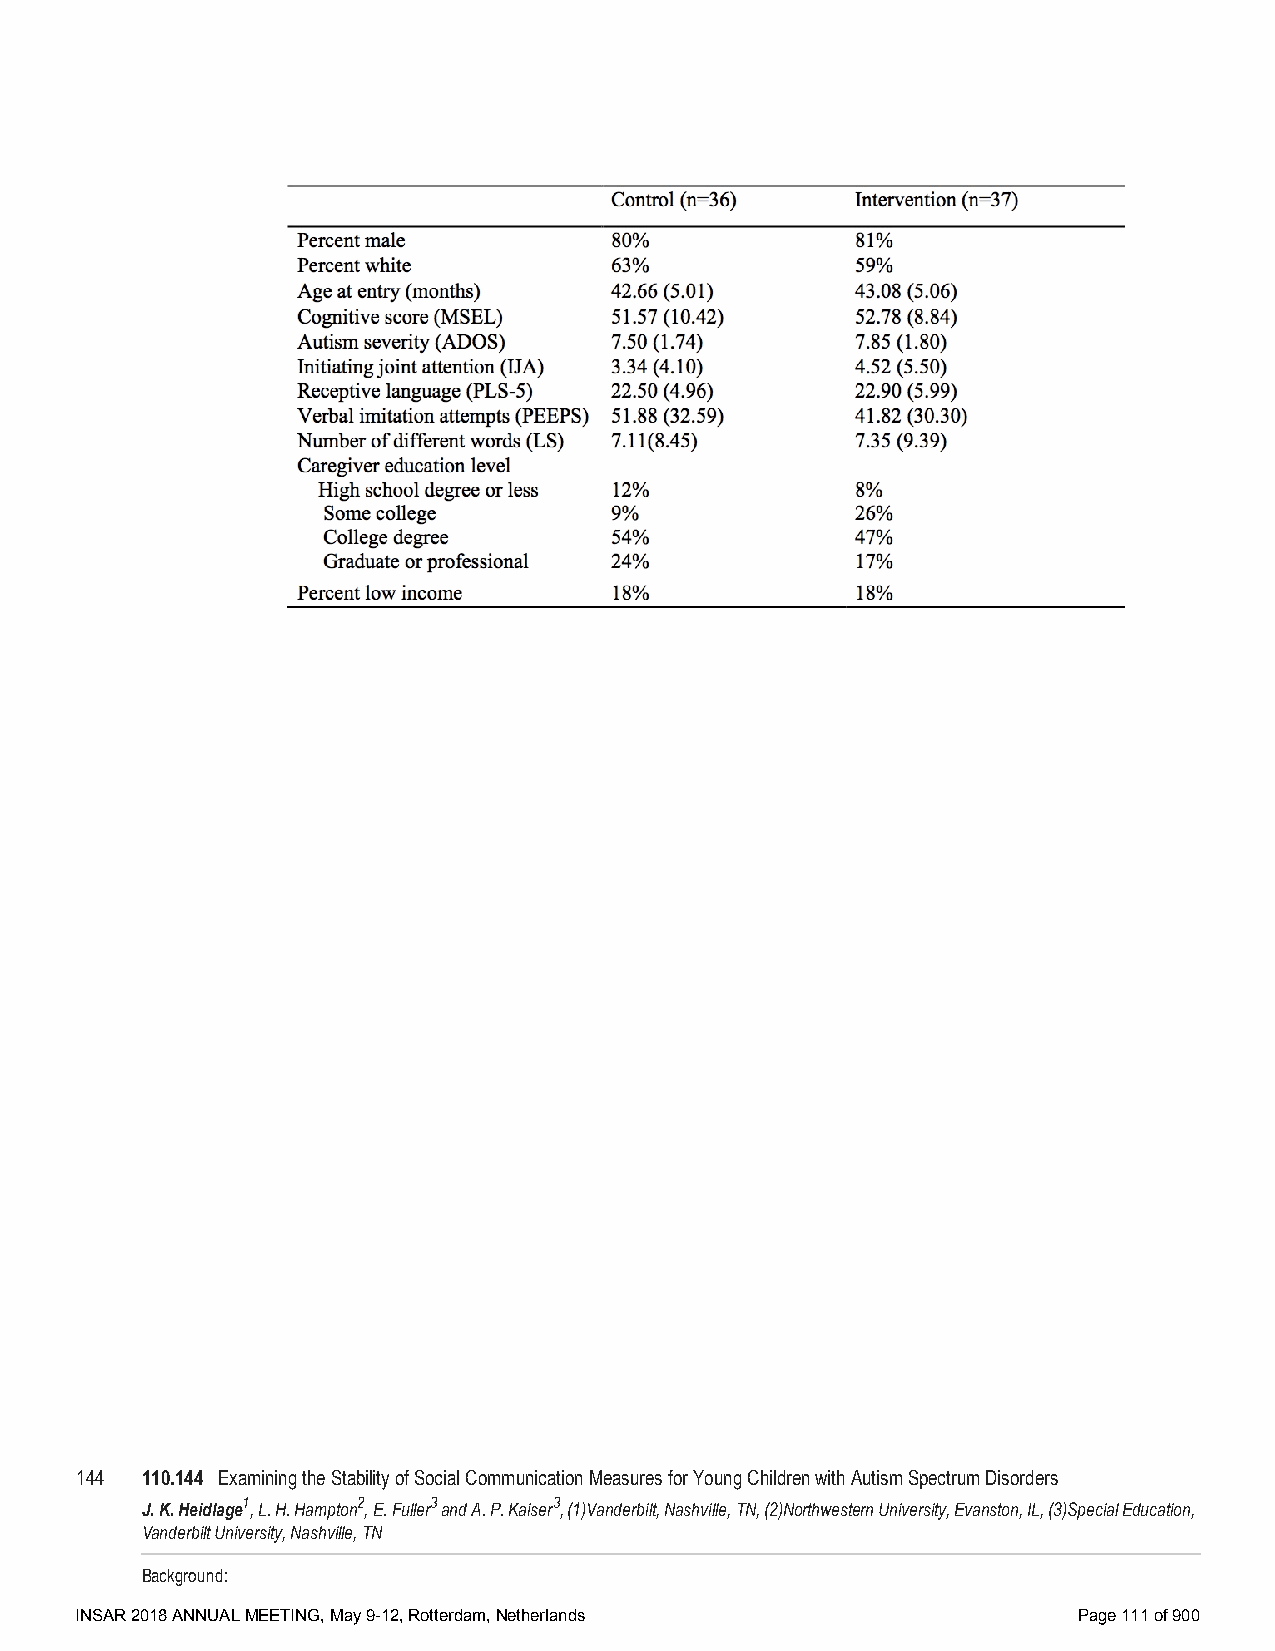
144 110.144 Examining the Stability of Social Communication Measures for Young Children with Autism Spectrum Disorders
 J. K. Heidlage1, L. H. Hampton2, E. Fuller3 and A. P. Kaiser3, (1)Vanderbilt, Nashville, TN, (2)Northwestern University, Evanston, IL, (3)Special Education,
 Vanderbilt University, Nashville, TN
 Background:
 INSAR 2018 ANNUAL MEETING, May 9-12, Rotterdam, Netherlands       Page 111 of 900